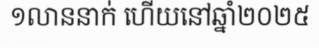
១លាននាក់ ហើយនៅឆ្នាំ២០២៥